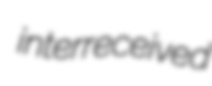
interreceived